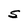
Character: S